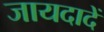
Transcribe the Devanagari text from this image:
जायदादें